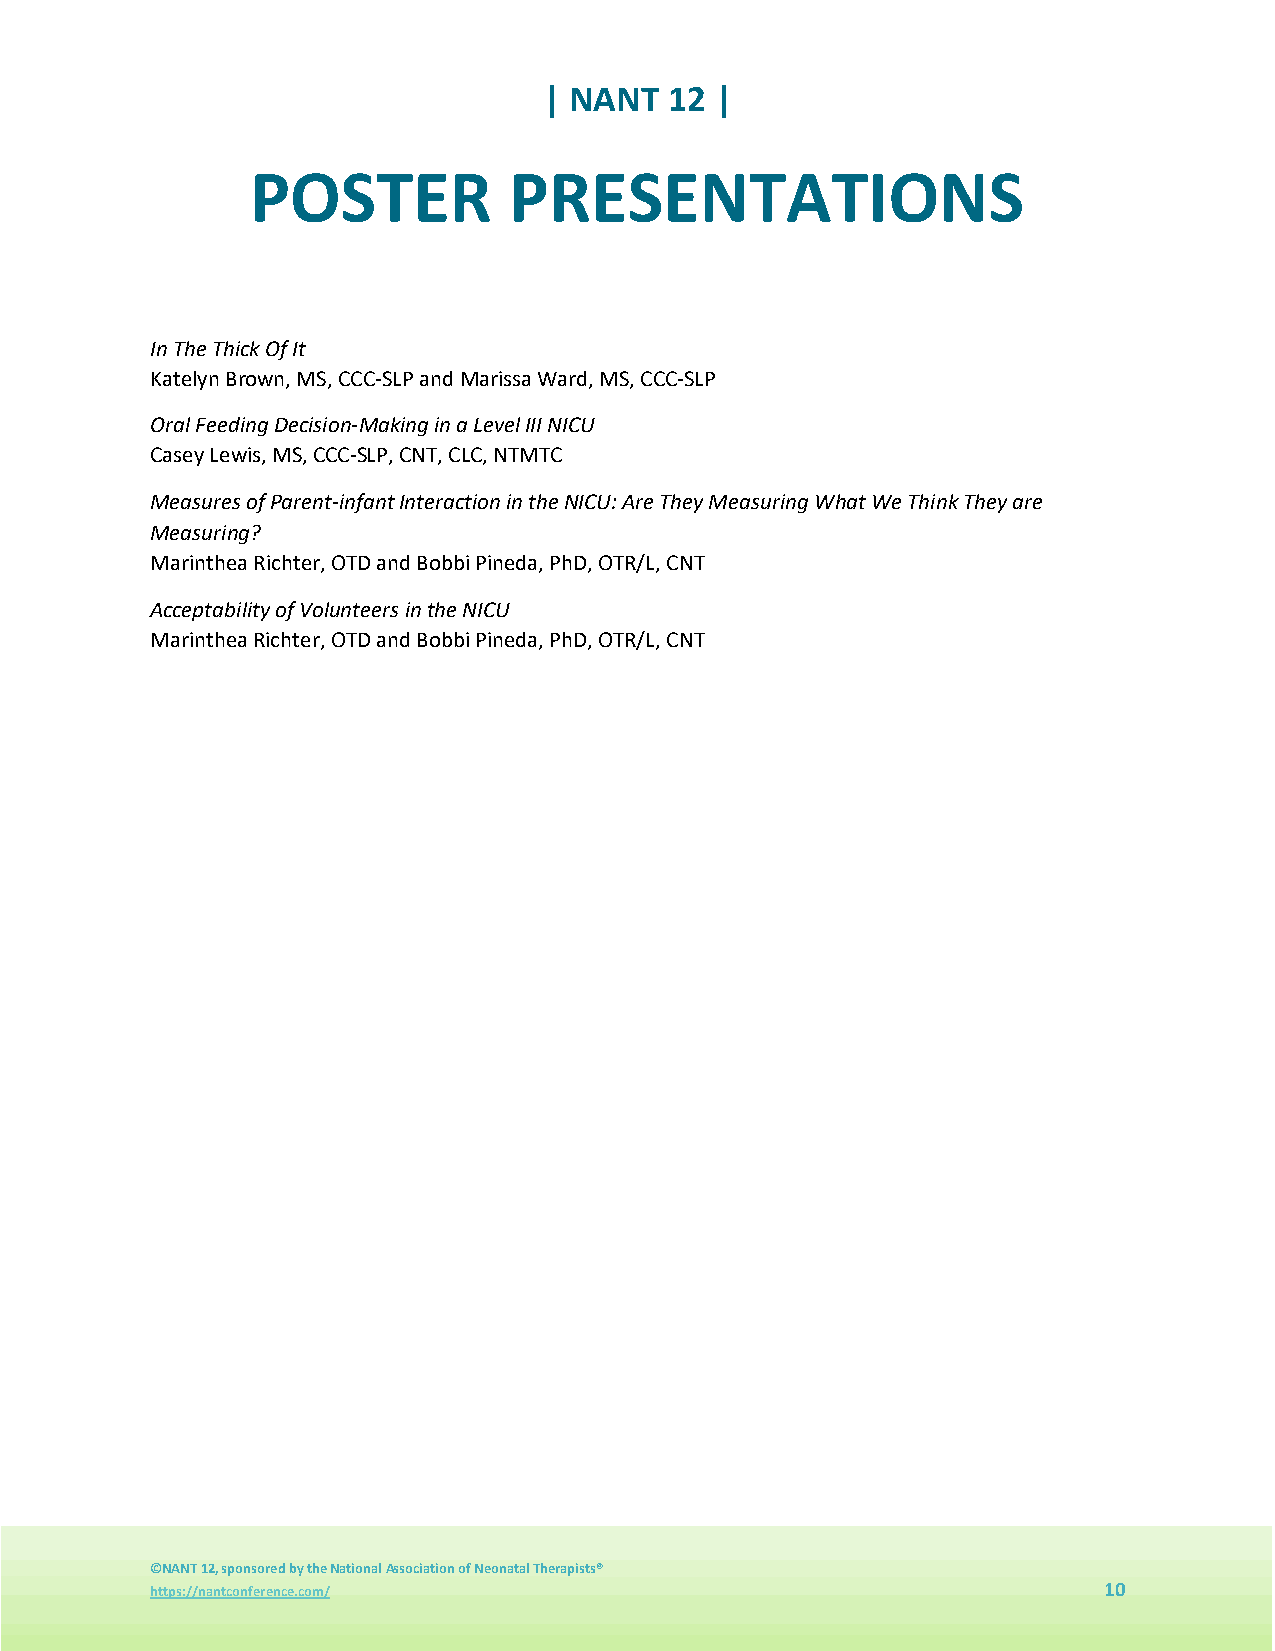
| NANT  12 |
 POSTER           PRESENTATIONS
 In The Thick Of It
 Katelyn Brown, MS, CCC-SLP and Marissa Ward, MS, CCC-SLP
 Oral Feeding Decision-Making in a Level III NICU
 Casey Lewis, MS, CCC-SLP, CNT, CLC, NTMTC
 Measures of Parent-infant Interaction in the NICU: Are They Measuring What We Think They are
 Measuring?
 Marinthea Richter, OTD and Bobbi Pineda, PhD, OTR/L, CNT
 Acceptability of Volunteers in the NICU
 Marinthea Richter, OTD and Bobbi Pineda, PhD, OTR/L, CNT
 ©NANT 12, sponsored by the National Association of Neonatal Therapists®
 https://nantconference.com/                                    10